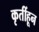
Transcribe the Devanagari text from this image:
कृतींहून